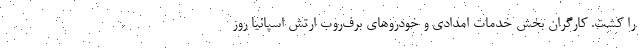
را کشت. کارگران بخش خدمات امدادی و خودروهای برف‌روب ارتش اسپانیا روز